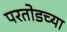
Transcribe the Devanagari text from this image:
परतोडच्या